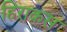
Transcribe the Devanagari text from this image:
हिराकस